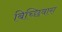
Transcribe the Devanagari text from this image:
बिच्छिवारा